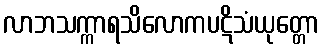
လာဘသက္ကာရသိလောကပဋိသံယုတ္တော